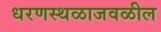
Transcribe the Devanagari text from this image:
धरणस्थळाजवळील